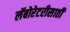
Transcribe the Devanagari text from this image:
लॅबोरेटरीसाठी